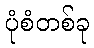
ပုံစံတစ်ခု